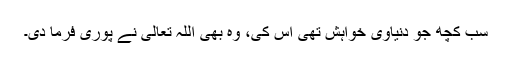
سب کچھ جو دنیاوی خواہش تھی اُس کی، وہ بھی اللہ تعالیٰ نے پوری فرما دی۔